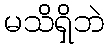
မသိရှိဘဲ